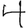
Digit: 4